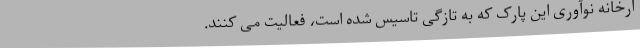
ارخانه نوآوری این پارک که به تازگی تاسیس شده است، فعالیت می کنند.